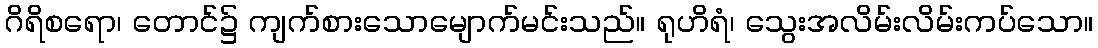
ဂိရိစရော၊ တောင်၌ ကျက်စားသောမျောက်မင်းသည်။ ရုဟိရံ၊ သွေးအလိမ်းလိမ်းကပ်သော။